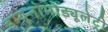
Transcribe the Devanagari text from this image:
इम्यूनोमोड्यूलेट्री